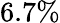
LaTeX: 6.7\%